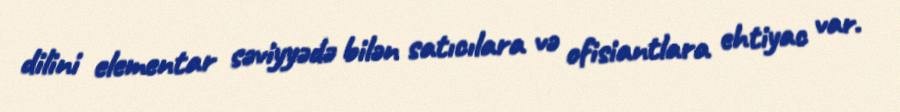
dilini elementar səviyyədə bilən satıcılara və ofisiantlara ehtiyac var.